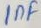
Text: 1nF